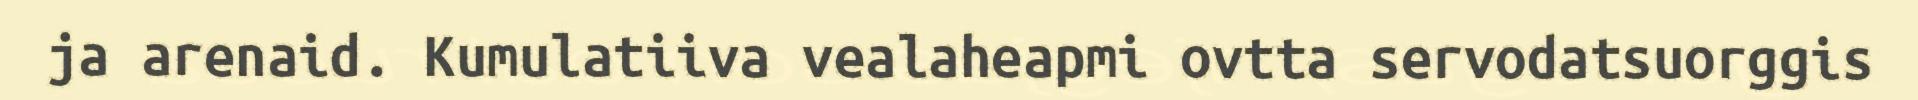
ja arenaid. Kumulatiiva vealaheapmi ovtta servodatsuorggis